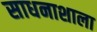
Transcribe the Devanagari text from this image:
साधनाशाला